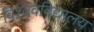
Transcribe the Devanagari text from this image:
विश्‍ववविद्यालय